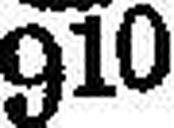
910